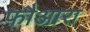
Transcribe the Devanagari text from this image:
फौआरा